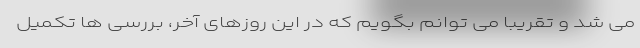
می شد و تقریبا می توانم بگویم که در این روزهای آخر، بررسی ها تکمیل